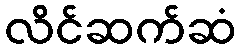
လိင်ဆက်ဆံ